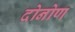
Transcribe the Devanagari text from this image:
दोनोण